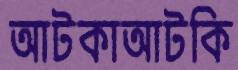
আটকাআটকি